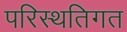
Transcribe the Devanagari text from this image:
परिस्थतिगत